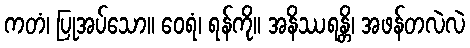
ကတံ၊ ပြုအပ်သော။ ဝေရံ၊ ရန်ကို။ အနိဿရန္တိ၊ အဖန်တလဲလဲ